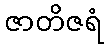
ဇာတိဇရံ